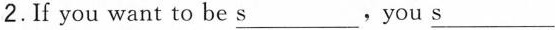
2.f you want to be\underline{s} you \underline{s}